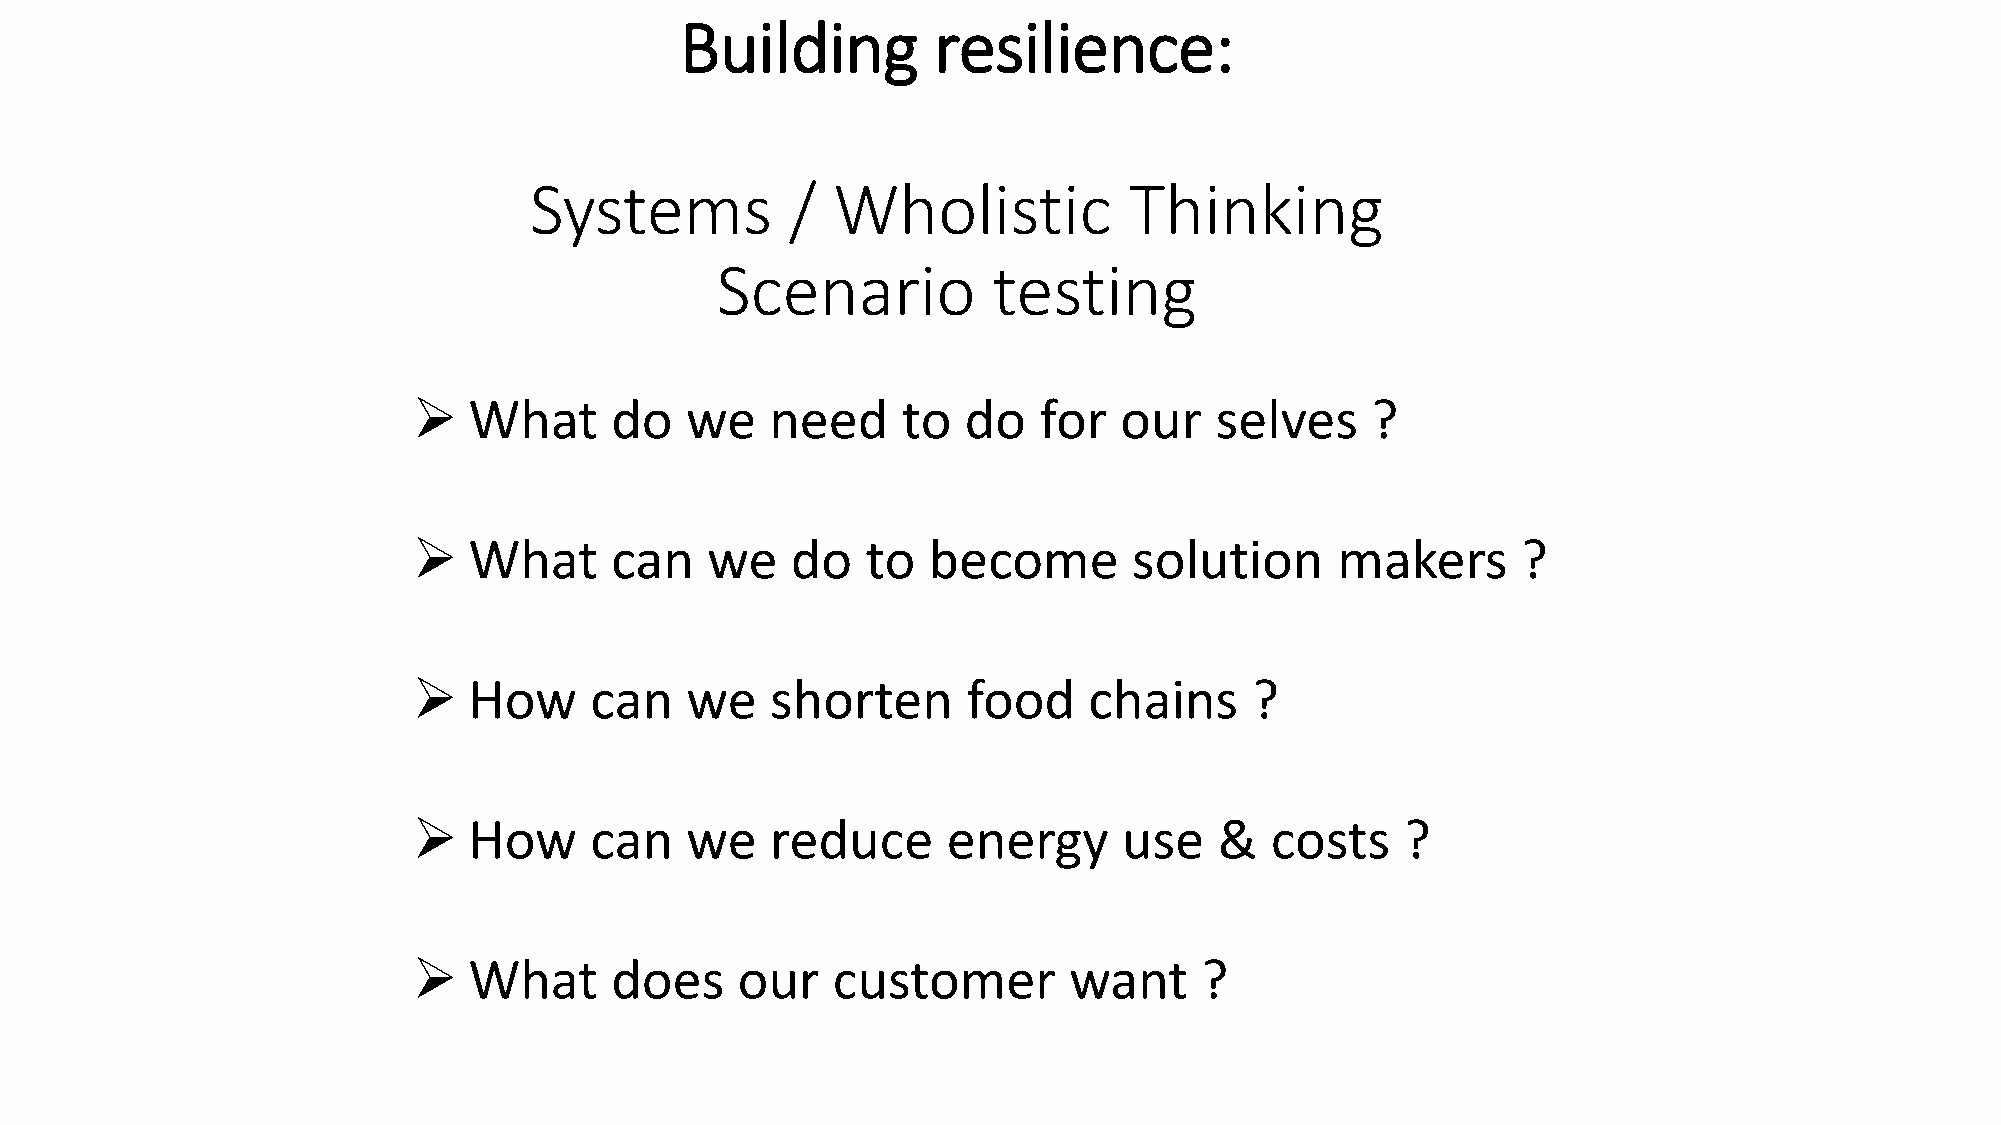
Building         resilience:
 Systems          /  Wholistic           Thinking
 Scenario           testing
 ➢   What     do   we    need     to  do   for  our   selves     ?
 ➢   What     can    we   do   to  become        solution     makers       ?
 ➢   How     can   we    shorten      food    chains     ?
 ➢   How     can   we    reduce      energy     use    &  costs    ?
 ➢   What     does     our   customer        want    ?